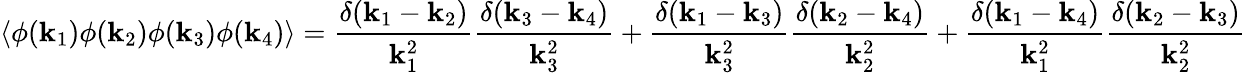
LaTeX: \left\langle\phi(\mathbf{k}_{1})\phi(\mathbf{k}_{2})\phi(\mathbf{k}_{3})\phi(\mathbf{k}_{4})\right\rangle={\frac{{\delta(\mathbf{k}_{1}-\mathbf{k}_{2})}}{{\mathbf{k}_{1}^{2}}}}{\frac{{\delta(\mathbf{k}_{3}-\mathbf{k}_{4})}}{{\mathbf{k}_{3}^{2}}}}+{\frac{{\delta(\mathbf{k}_{1}-\mathbf{k}_{3})}}{{\mathbf{k}_{3}^{2}}}}{\frac{{\delta(\mathbf{k}_{2}-\mathbf{k}_{4})}}{{\mathbf{k}_{2}^{2}}}}+{\frac{{\delta(\mathbf{k}_{1}-\mathbf{k}_{4})}}{{\mathbf{k}_{1}^{2}}}}{\frac{{\delta(\mathbf{k}_{2}-\mathbf{k}_{3})}}{{\mathbf{k}_{2}^{2}}}}